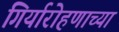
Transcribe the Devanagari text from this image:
गिर्यारोहणाच्या